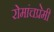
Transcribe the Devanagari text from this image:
रोमांचप्रेमी